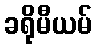
ခရိုမီယမ်